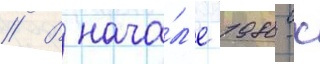
// В нача́л'е 1980-х